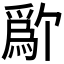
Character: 𬋱